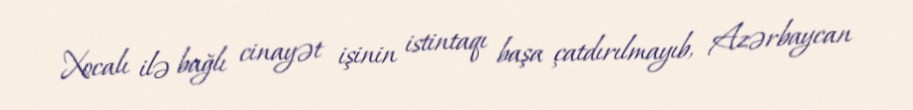
Xocalı ilə bağlı cinayət işinin istintaqı başa çatdırılmayıb, Azərbaycan